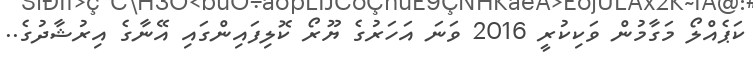
ކަޕެއްލޯ މަގާމުން ވަކިކުރީ 2016 ވަނަ އަހަރުގެ ޔޫރޯ ކޮލިފައިންގައި އޭނާގެ އިރުޝާދުގެ..